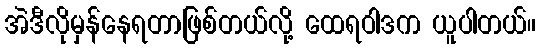
အဲဒီလိုမှန်နေရတာဖြစ်တယ်လို့ ထေရဝါဒက ယူပါတယ်။